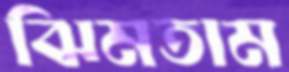
ঝিমতাম